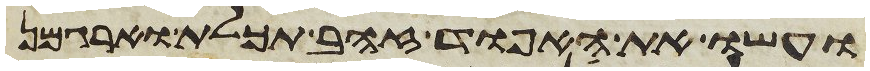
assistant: ועשו את האפוד זהב תכלת וארגמן